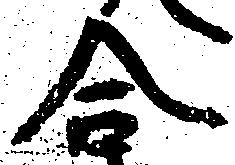
合